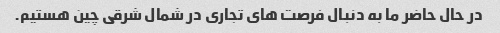
در حال حاضر ما به دنبال فرصت های تجاری در شمال شرقی چین هستیم.